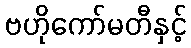
ဗဟိုကော်မတီနှင့်